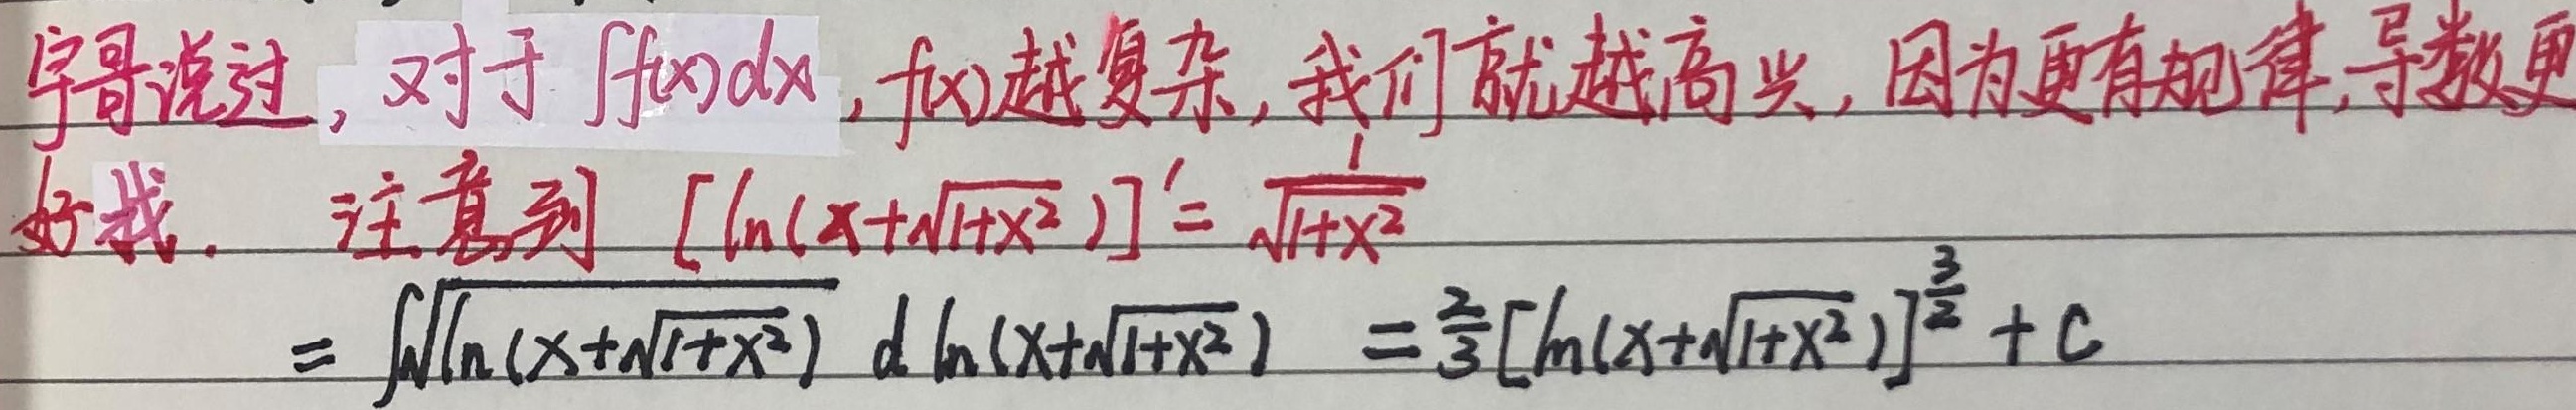
宇哥说过，对于\(\int f(x)dx\)，\(f(x)\)越复杂，我们就越高兴，因为更有规律，导数更好找。注意到\([\ln(x + \sqrt{1 + x^{2}})]' = \frac{1}{\sqrt{1 + x^{2}}}\)。

\[
\int\sqrt{\ln(x + \sqrt{1 + x^{2}})}\ d\ln(x + \sqrt{1 + x^{2}})=\frac{2}{3}[\ln(x + \sqrt{1 + x^{2}})]^{\frac{3}{2}}+C
\]